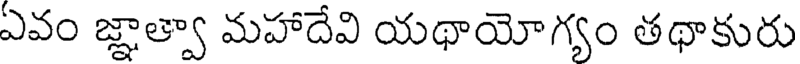
ఏవం జ్ఞాత్వా మహాదేవి యథాయోగ్యం తథాకురు